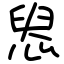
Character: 惥